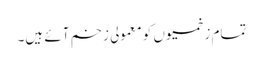
تمام زخمیوں کو معمولی زخم آئے ہیں۔